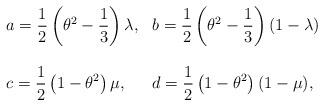
LaTeX: \begin{align*} \begin{array}{llll}\displaystyle a=\frac 12\left(\theta^2-\frac 13\right)\lambda,&\displaystyle b=\frac 12\left(\theta^2-\frac 13\right)(1-\lambda)\\\\\displaystyle c=\frac 12\left(1-\theta^2\right)\mu,&\displaystyle d=\frac 12\left(1-\theta^2\right)(1-\mu), \end{array}\end{align*}